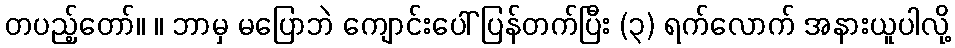
တပည့်တော်။ ။ ဘာမှ မပြောဘဲ ကျောင်းပေါ် ပြန်တက်ပြီး (၃) ရက်လောက် အနားယူပါလို့